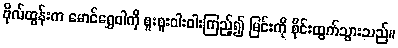
ဗိုလ်ထွန်းက မောင်ရွှေဝါကို စူးစူးဝါးဝါးကြည့်၍ မြင်းကို စိုင်းထွက်သွားသည်။